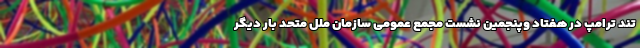
تند ترامپ در هفتاد وپنجمین نشست مجمع عمومی سازمان ملل متحد بار دیگر